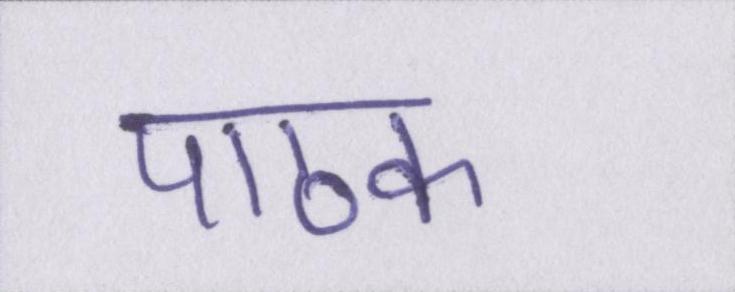
पाठक